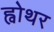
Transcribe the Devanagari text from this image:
ह्वोथर